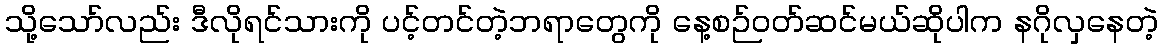
သို့သော်လည်း ဒီလိုရင်သားကို ပင့်တင်တဲ့ဘရာတွေကို နေ့စဉ်ဝတ်ဆင်မယ်ဆိုပါက နဂိုလှနေတဲ့